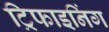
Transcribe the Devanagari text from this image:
ट्रिफाइनिंग